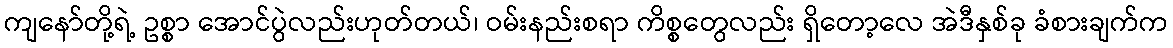
ကျနော်တို့ရဲ့ ဥစ္စာ အောင်ပွဲလည်းဟုတ်တယ်၊ ဝမ်းနည်းစရာ ကိစ္စတွေလည်း ရှိတော့လေ အဲဒီနှစ်ခု ခံစားချက်က